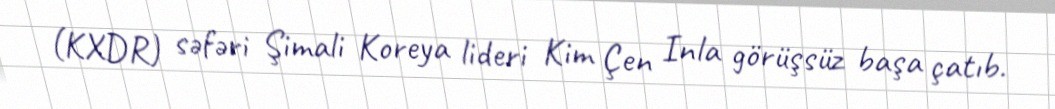
(KXDR) səfəri Şimali Koreya lideri Kim Çen Inla görüşsüz başa çatıb.